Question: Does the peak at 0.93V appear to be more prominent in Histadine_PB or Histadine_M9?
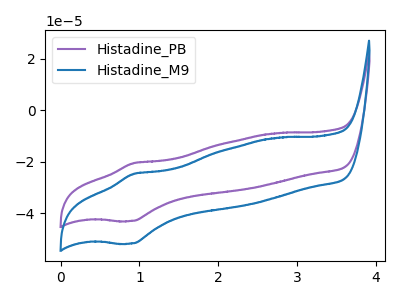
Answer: <think>The purple curve "Histadine_PB" has an anodic peak at (0.95V, -20.45uA) and a cathodic peak at (0.90V, -42.90uA). The blue curve "Histadine_M9" has an anodic peak at (0.95V, -24.65uA) and a cathodic peak at (0.90V, -51.65uA).</think>
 <answer>The peak at 0.93V is higher in "Histadine_PB" than in "Histadine_M9".</answer>
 <eval>higher</eval>